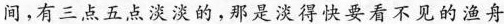
间，有三点五点淡淡的，那是淡得快要看不见的渔舟